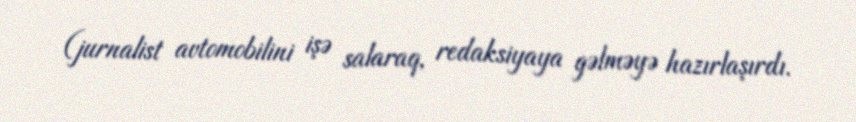
(jurnalist avtomobilini işə salaraq, redaksiyaya gəlməyə hazırlaşırdı.